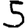
Digit: 5